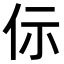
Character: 𠇣